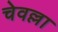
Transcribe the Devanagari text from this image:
चेवल्ला